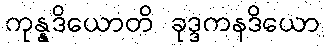
ကုန္နဒိယောတိ ခုဒ္ဒကနဒိယော